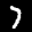
Label: 7